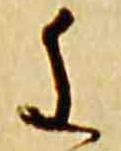
重